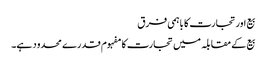
بیع اور تجارت کا باہمی فرق
بیع کے مقابلہ میں تجارت کا مفہوم قدرے محدود ہے۔